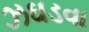
ઝઘડવા